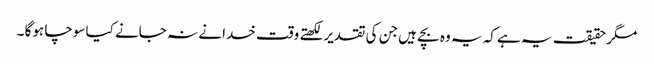
مگر حقیقت یہ ہے کہ یہ وہ بچے ہیں جن کی تقدیر لکھتے وقت خدا نے نہ جانے کیا سوچا ہوگا ۔